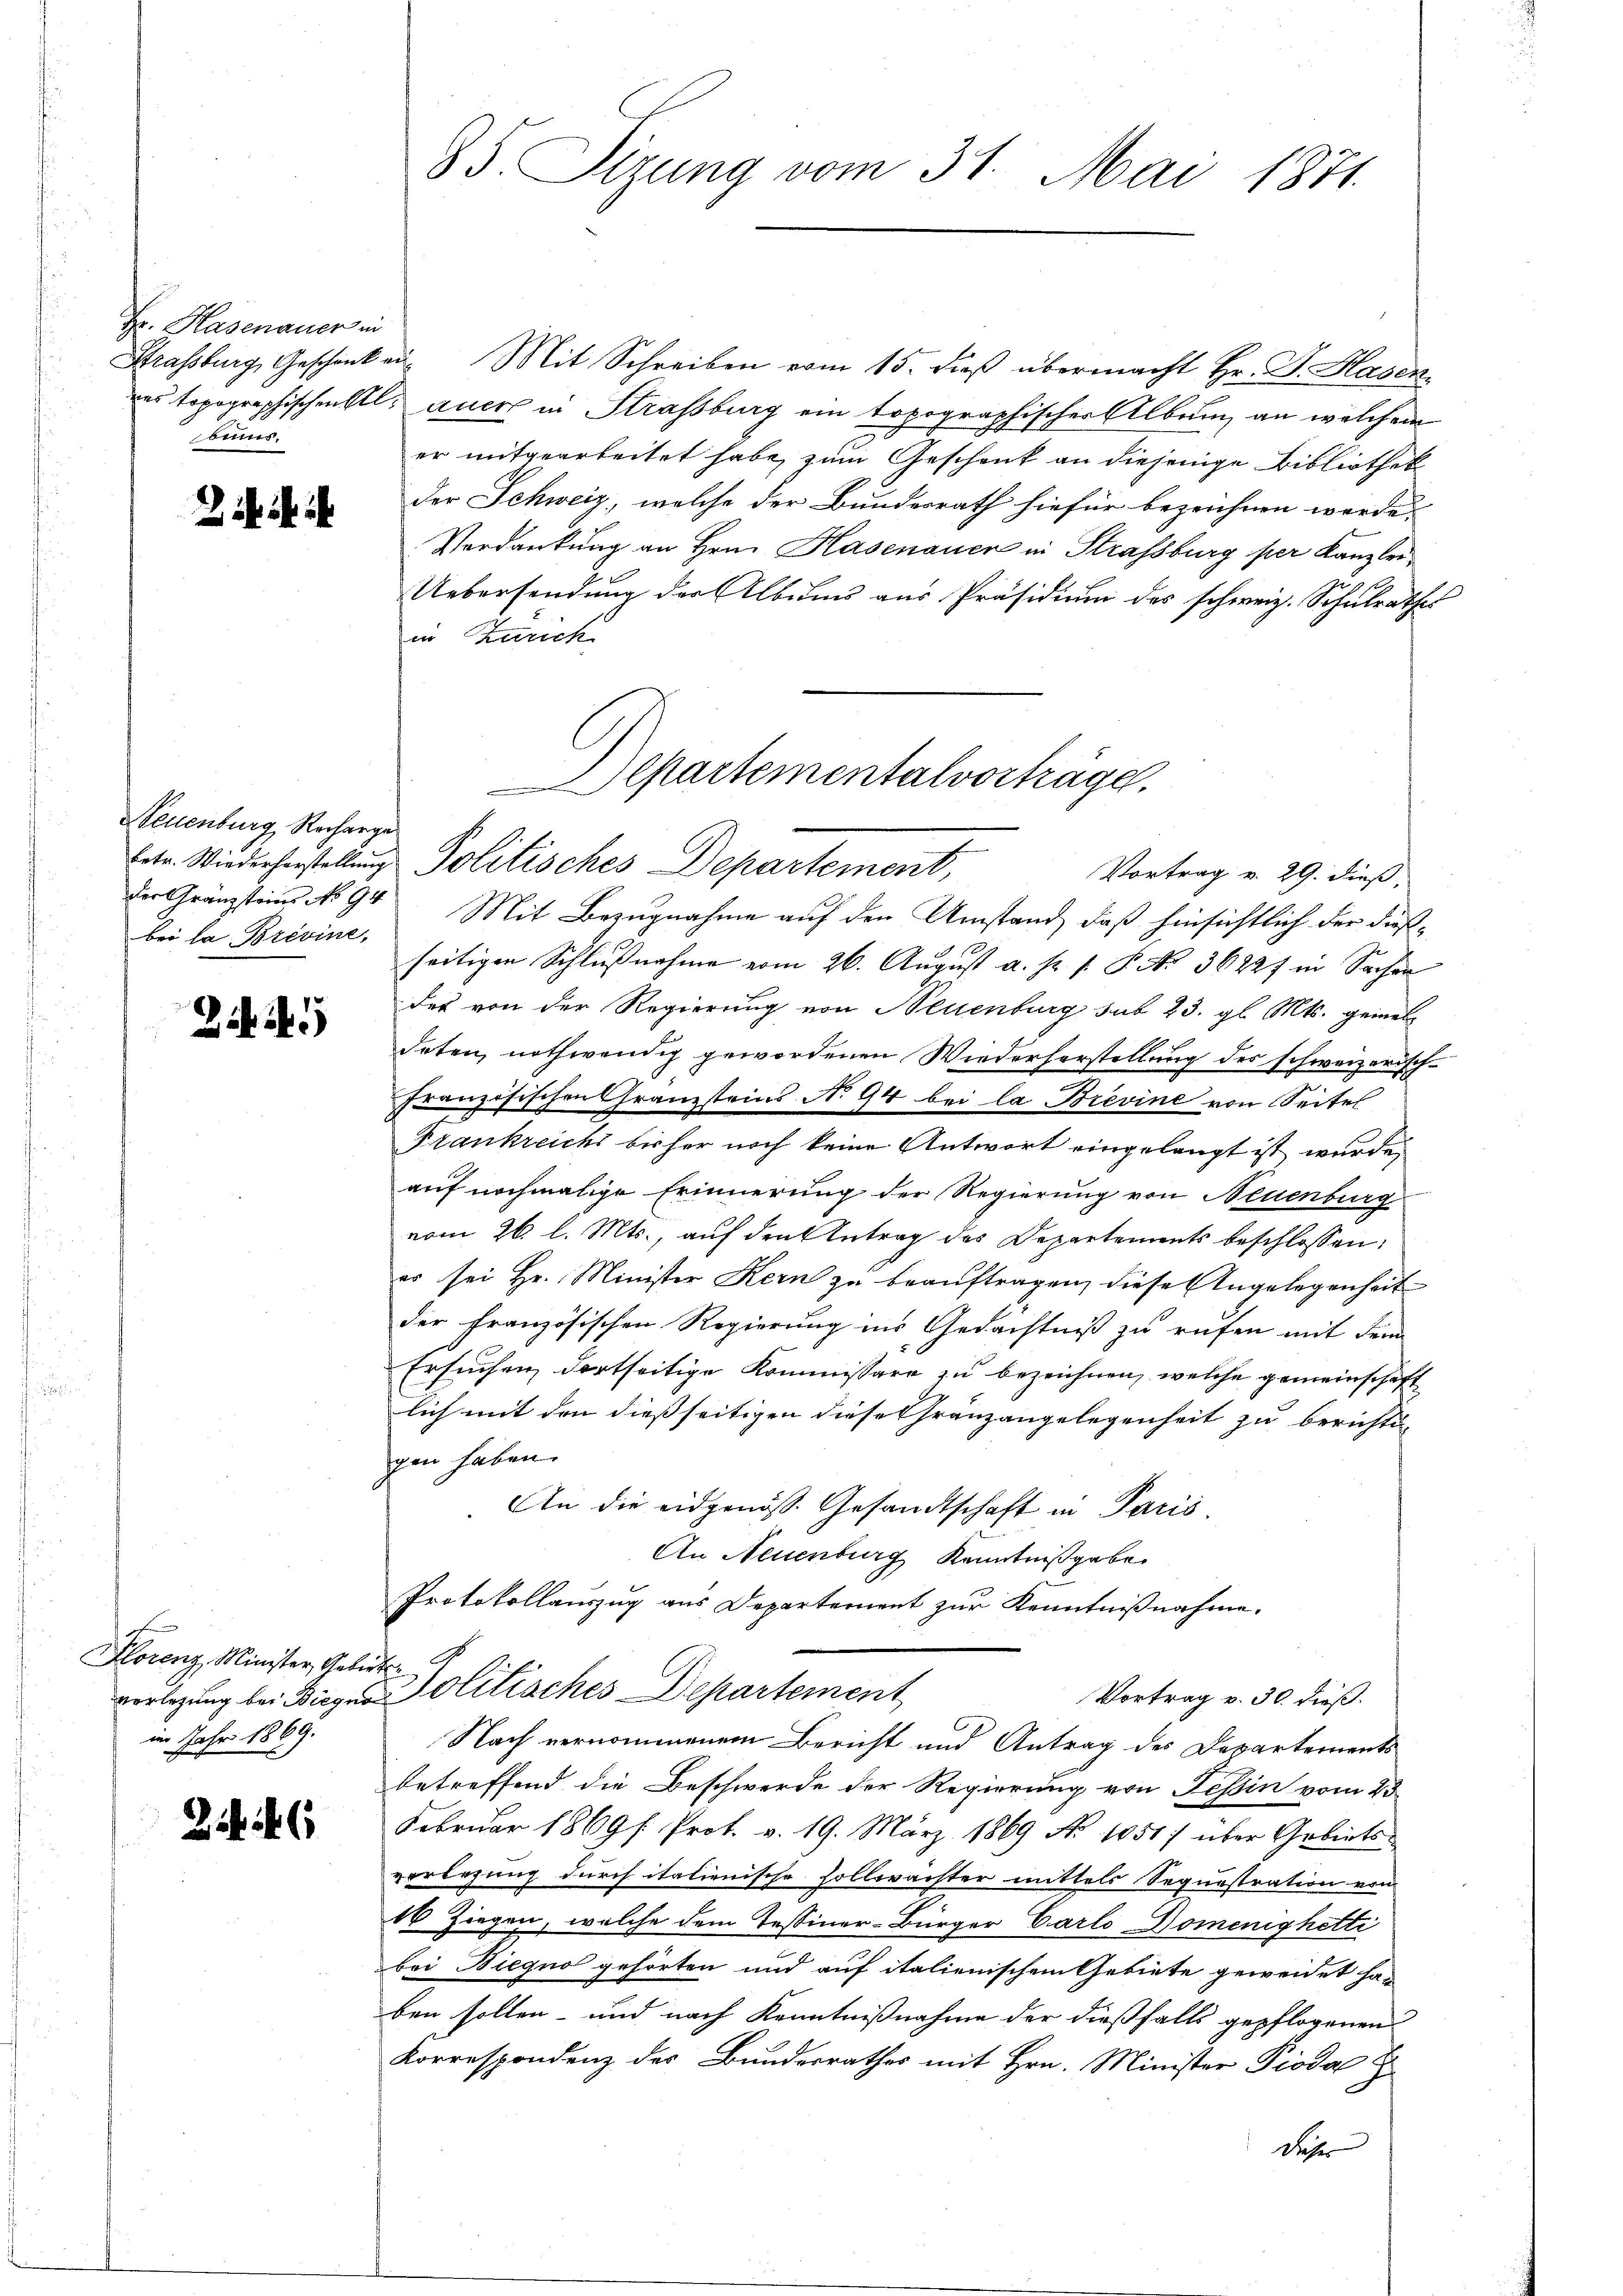
Fr. Hasenauer in
oins.

Neuenburg, Recharge
bei la Brevine,

d
Horenz, Minister, Gebirt.
im Jahr 1869.

Zii

85. Sizung vom 31. Mai 1871.

Strassburg, Geschänken. Mit Schreiben vom 15. dieß übermacht Hr. G. Hasen
des Topographischentl. auch in Strassburg ein topographischer Albrunz an welchem
er mitgearbeitet habe, zum Geschenk an diejenige Bibliothek
der Schweiz, welche der Bundesrath hiefür bezeichnen werde.
Verdankung an Hrn. Hasenauer in Strassburg per Kanzlei
Uebersendung der Albums aus Präsidium des schweiz. Schulrathes
in Karich
der Gränzsteins No 94 Mit Bezugnahme auf den Umstand, daß hinsichtlich der dießseitigen Schlussnahme vom 26. August a. p. 1. P. Nr. 36227 in Sachen
des von der Regierung von Neuenburg sub 23. gl. Mts. gemein
deten, nothwendig gewordenen Wiederherstellung des schweizerisch-
französischen Franzsteins N. 94 bei la Brevine von Seitel
Frankreichs bisher noch keine Antwort eingelangt ist wurde,
auf nochmalige Erinnerung der Regierung von Neuenburg
vom 26. l. Mts., auf den Antrag des Departements beschlossen:
er sei Hr. Minister Kern zu beauftragen, diese Angelegenheit
der französischen Regierung ins Gedächtniß zu rufen mit dem
Ersuchen dortseitige Kommissare zu bezeichnen, welche gemeinschaft
lich mit den dießseitigen diese Gränzangelegenheit zu berichti
gen haben.
An die eidgenöss. Gesandtschaft in Paris
An Neuenburg Kenntnißgabe.
Protokollauszug aus Departement zur Kenntnißnahme.
vorlegung bei Bieger Politisches Departement
Vortrag v. 30. dieß.
Nach vernommenem Bericht und Antrag des Departements
betreffend die Beschwerde der Regierung von Tessin vom 23.
Februar 1869 f. Prot. v. 19. März 1869 No 1051) über Gebiets-
verlegung durch italienische sollwächter mittels Sequestration von
16 Ziegen, welche dem Tessiner-Bürger Carlo Domenighetti
bei Diequo gehörten und auf italienischem Gebiete geweidet haben sollen- und nach Kenntnißnahme der dießfalls gepflogenen
Korrespondenz des Bundesrathes mit Hrn. Minister Pioda
Daher

epartementalvorträge.
betr. Wiederhorstellung. Politisches Departement,
Vortrag v. 29. dieß,